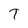
Character: T